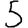
Digit: 5